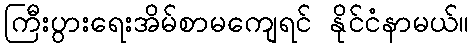
ကြီးပွားရေးအိမ်စာမကျေရင် နိုင်ငံနာမယ်။